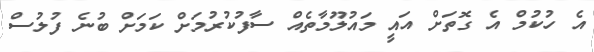
އެ ހުކުމް އެ ގޮތަށް އައީ މައުލޫމާތެއް ސާފުކުރުމަށް ކަމަށް ބުނެ ފުލުސް